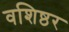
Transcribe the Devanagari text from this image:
वशिष्ठर